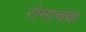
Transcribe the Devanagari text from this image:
रोमाचंक